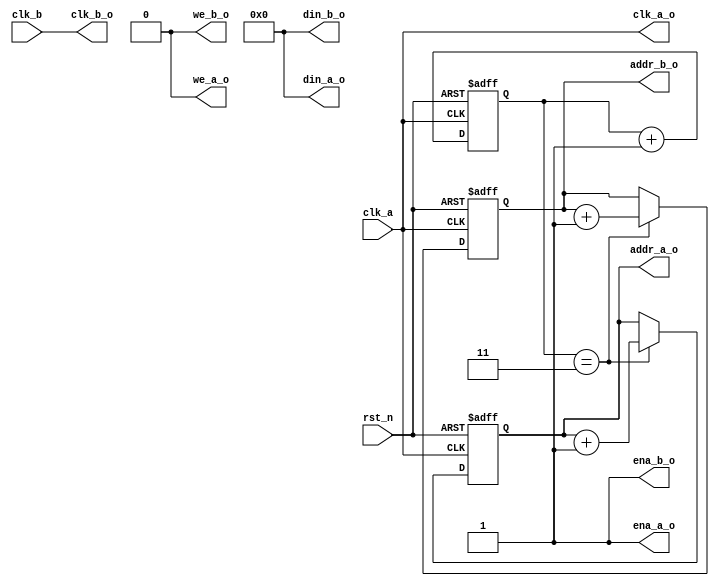
module bram_test (
    // input [11:0]addr_a,
    // input [11:0]addr_b,
    // input ena_a,
    // input ena_b,
    // input we_a,
    // input we_b,
    input clk_a,
    input clk_b,
    input rst_n,
    // input [1279:0]din_a,
    // input [1279:0]din_b,
    output reg [11:0]addr_a_o,
    output reg [11:0]addr_b_o,
    output ena_a_o,
    output ena_b_o,
    output we_a_o,
    output we_b_o,
    output clk_a_o,
    output clk_b_o,
    output [1279:0]din_a_o,
    output [1279:0]din_b_o
);

    reg [1:0] cnt;

    always @(posedge clk_a or negedge rst_n) begin
        if(!rst_n) begin
            cnt<=0;
        end
        else begin
            cnt<=cnt+1;
        end
    end

    assign clk_a_o=clk_a;
    assign clk_b_o=clk_b;
    assign ena_a_o=1;
    assign ena_b_o=1;
    assign we_a_o=0;
    assign we_b_o=0;
    assign din_a_o=0;
    assign din_b_o=0;
    always @(posedge clk_a or negedge rst_n) begin
        if(!rst_n) begin
            addr_a_o<=0;
        end
        else begin
            addr_a_o<=(cnt==3)?addr_a_o+1:addr_a_o;
        end
    end
    always @(posedge clk_a or negedge rst_n) begin
        if(!rst_n) begin
            addr_b_o<=0;
        end
        else begin
            addr_b_o<=(cnt==3)?addr_b_o+1:addr_b_o;
        end
    end


endmodule